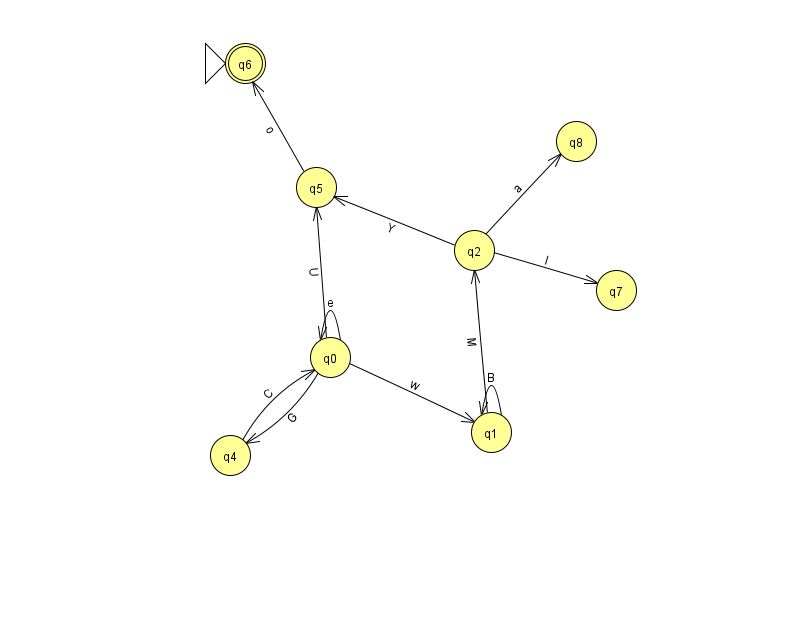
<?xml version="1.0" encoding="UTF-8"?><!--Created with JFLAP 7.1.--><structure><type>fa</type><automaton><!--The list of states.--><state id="0" name="q0"><x>330.0</x><y>344.0</y></state><state id="1" name="q1"><x>491.0</x><y>419.0</y></state><state id="2" name="q2"><x>474.0</x><y>237.0</y></state><state id="4" name="q4"><x>230.0</x><y>442.0</y></state><state id="5" name="q5"><x>316.0</x><y>174.0</y></state><state id="6" name="q6"><x>245.0</x><y>50.0</y><initial/><final/></state><state id="7" name="q7"><x>616.0</x><y>277.0</y></state><state id="8" name="q8"><x>576.0</x><y>128.0</y></state><!--The list of transitions.--><transition><from>0</from><to>1</to><read>w</read></transition><transition><from>1</from><to>1</to><read>B</read></transition><transition><from>2</from><to>7</to><read>I</read></transition><transition><from>0</from><to>0</to><read>e</read></transition><transition><from>0</from><to>5</to><read>U</read></transition><transition><from>4</from><to>0</to><read>C</read></transition><transition><from>5</from><to>6</to><read>o</read></transition><transition><from>2</from><to>8</to><read>a</read></transition><transition><from>0</from><to>4</to><read>G</read></transition><transition><from>1</from><to>2</to><read>M</read></transition><transition><from>2</from><to>5</to><read>Y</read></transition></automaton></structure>